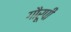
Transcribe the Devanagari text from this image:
गौरूपी